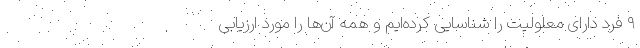
۹ فرد دارای معلولیت را شناسایی کرده‌ایم و همه آن‌ها را مورد ارزیابی